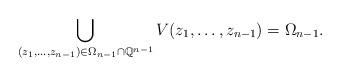
LaTeX: \begin{align*}\bigcup_{(z_1,\ldots,z_{n-1}) \in \Omega_{n-1}\cap \mathbb{Q}^{n-1}} V(z_1,\ldots,z_{n-1}) = \Omega_{n-1}.\end{align*}